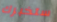
ستخبرك